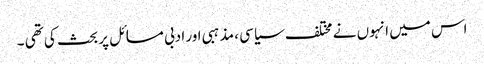
اس میں انہوں نے مختلف سیاسی ، مذہبی اور ادبی مسائل پر بحث کی تھی ۔